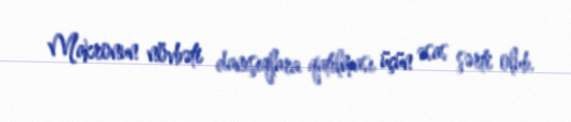
Makronun növbəti danışıqlara qatılması üçün əsas şərti olub.